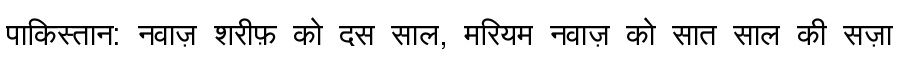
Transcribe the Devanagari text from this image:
पाकिस्तान: नवाज़ शरीफ़ को दस साल, मरियम नवाज़ को सात साल की सज़ा